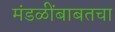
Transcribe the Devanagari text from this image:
मंडळींबाबतचा